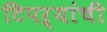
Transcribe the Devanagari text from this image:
टिपऱ्यांची